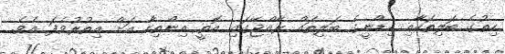
ހިތުގެ ބަލިތަކާއި ކިޑްނީގެ ބަލިތައް ރާއްޖޭގައި އޮތީ އިންތިހާ އަށް އިތުރުވެފަ އެވެ.